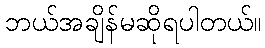
ဘယ်အချိန်မဆိုရပါတယ်။